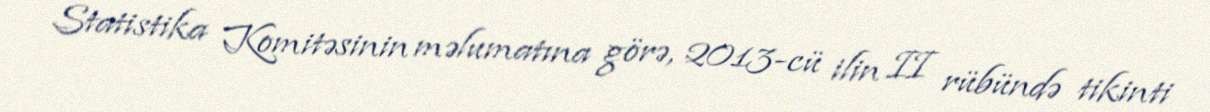
Statistika Komitəsinin məlumatına görə, 2013-cü ilin II rübündə tikinti